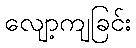
လျော့ကျခြင်း